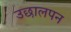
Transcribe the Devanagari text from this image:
उछालपन